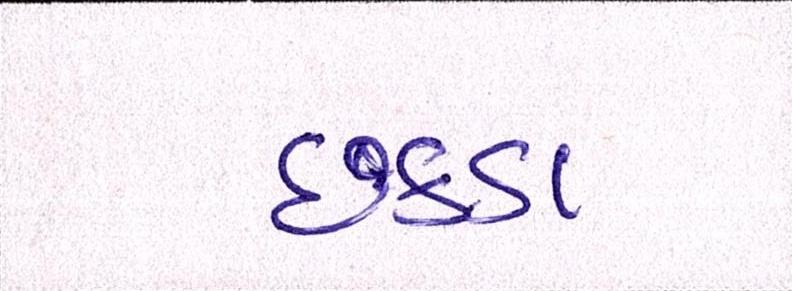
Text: છકડા